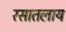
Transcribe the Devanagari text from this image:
रसातलाय